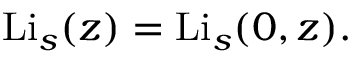
\operatorname { L i } _ { s } ( z ) = \operatorname { L i } _ { s } ( 0 , z ) .